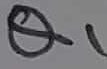
Text: Q1